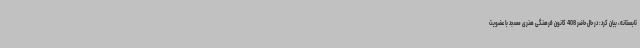
تابستانه، بیان کرد: در حال حاضر 408 کانون فرهنگی هنری مسجد با عضویت